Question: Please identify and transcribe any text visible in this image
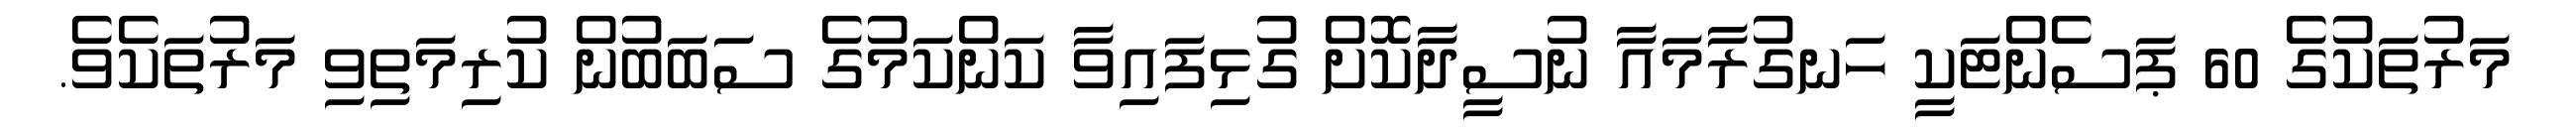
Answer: މަރުތަކުގެ 60 ޕަސެންޓަކީ ހަނގުރާމައާ ނުސީދާކޮށް ގުޅިފައިވާ ކަންކަމުގެ ސަބަބުން ކުރިމަތިވި މަރުތަކެވެ.